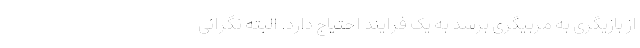
از بازیگری به مربیگری برسد به یک فرایند احتیاج دارد. البته نگرانی